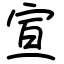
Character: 宣